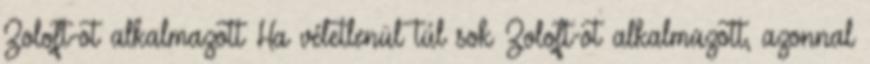
Zoloft-ot alkalmazott Ha véletlenül túl sok Zoloft-ot alkalmazott, azonnal